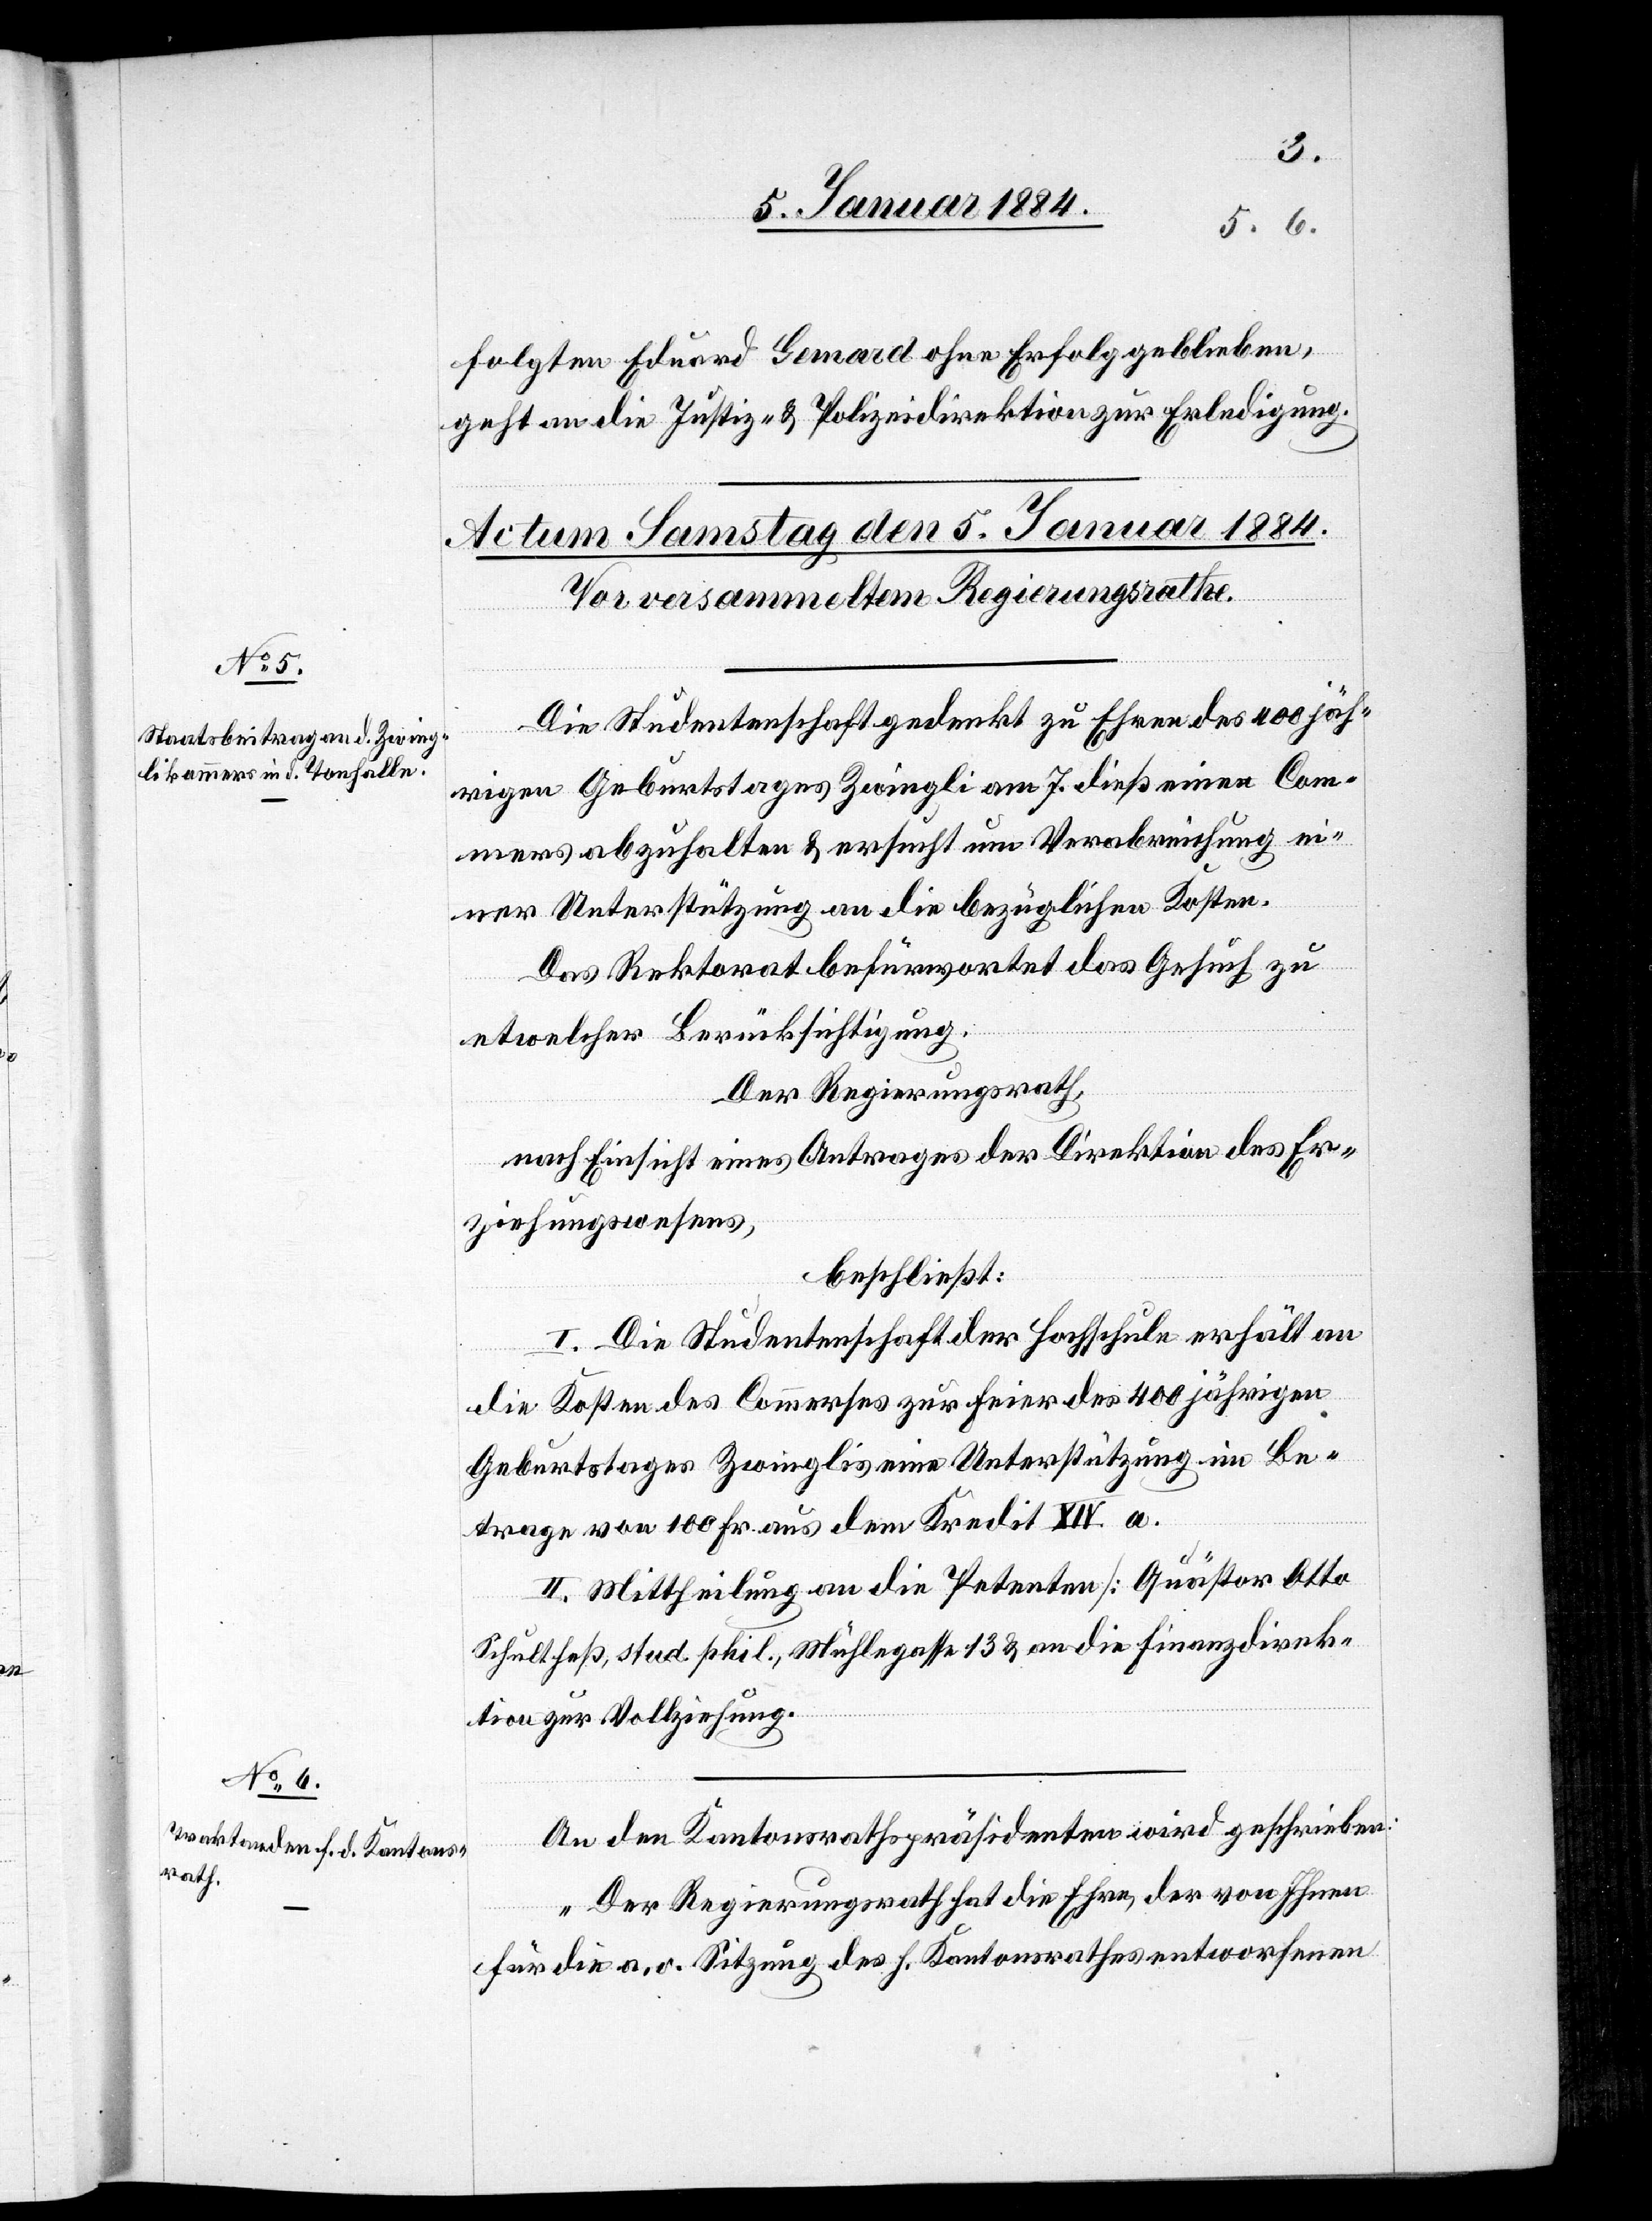
folgten Eduard Gemard ohne Erfolg geblieben,
geht an die Justiz- & Polizeidirektion zur Erledigung.
Die Studentenschaft gedenkt zu Ehren des 400jäh¬
rigen Geburtstages Zwinglis am 7. dieß eine Com¬
mers abzuhalten & ersucht um Verabreichung ei¬
ner Unterstützung an die bezüglichen Kosten.
Das Rektorat befürwortet das Gesuch zu
etwelcher Berücksichtigung.
Der Regierungsrath,
nach Einsicht eines Antrages der Direktion des Er¬
ziehungswesens,
beschließt:
I. Die Studentenschaft der Hochschule erhält an
die Kosten des Commers zur Feier des 400jährigen
Geburtstages Zwinglis eine Unterstützung im Be¬
trage von 100 Fr. aus dem Kredit XIV a.
II. Mittheilung an die Petenten [Quästor Otto
Schultheß, stud. phil., Mühlegasse 13] & an die Finanzdirek¬
tion zur Vollziehung.
An den Kantonsrathspräsidenten wird geschrieben:
„Der Regierungsrath hat die Ehre, der von Ihnen
für die a. o. Sitzung des h. Kantonsrathes entworfene